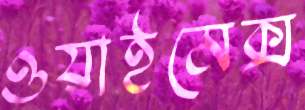
ওয়াইমেক্স